Leningradi_Edasi_toimetus, lk 200
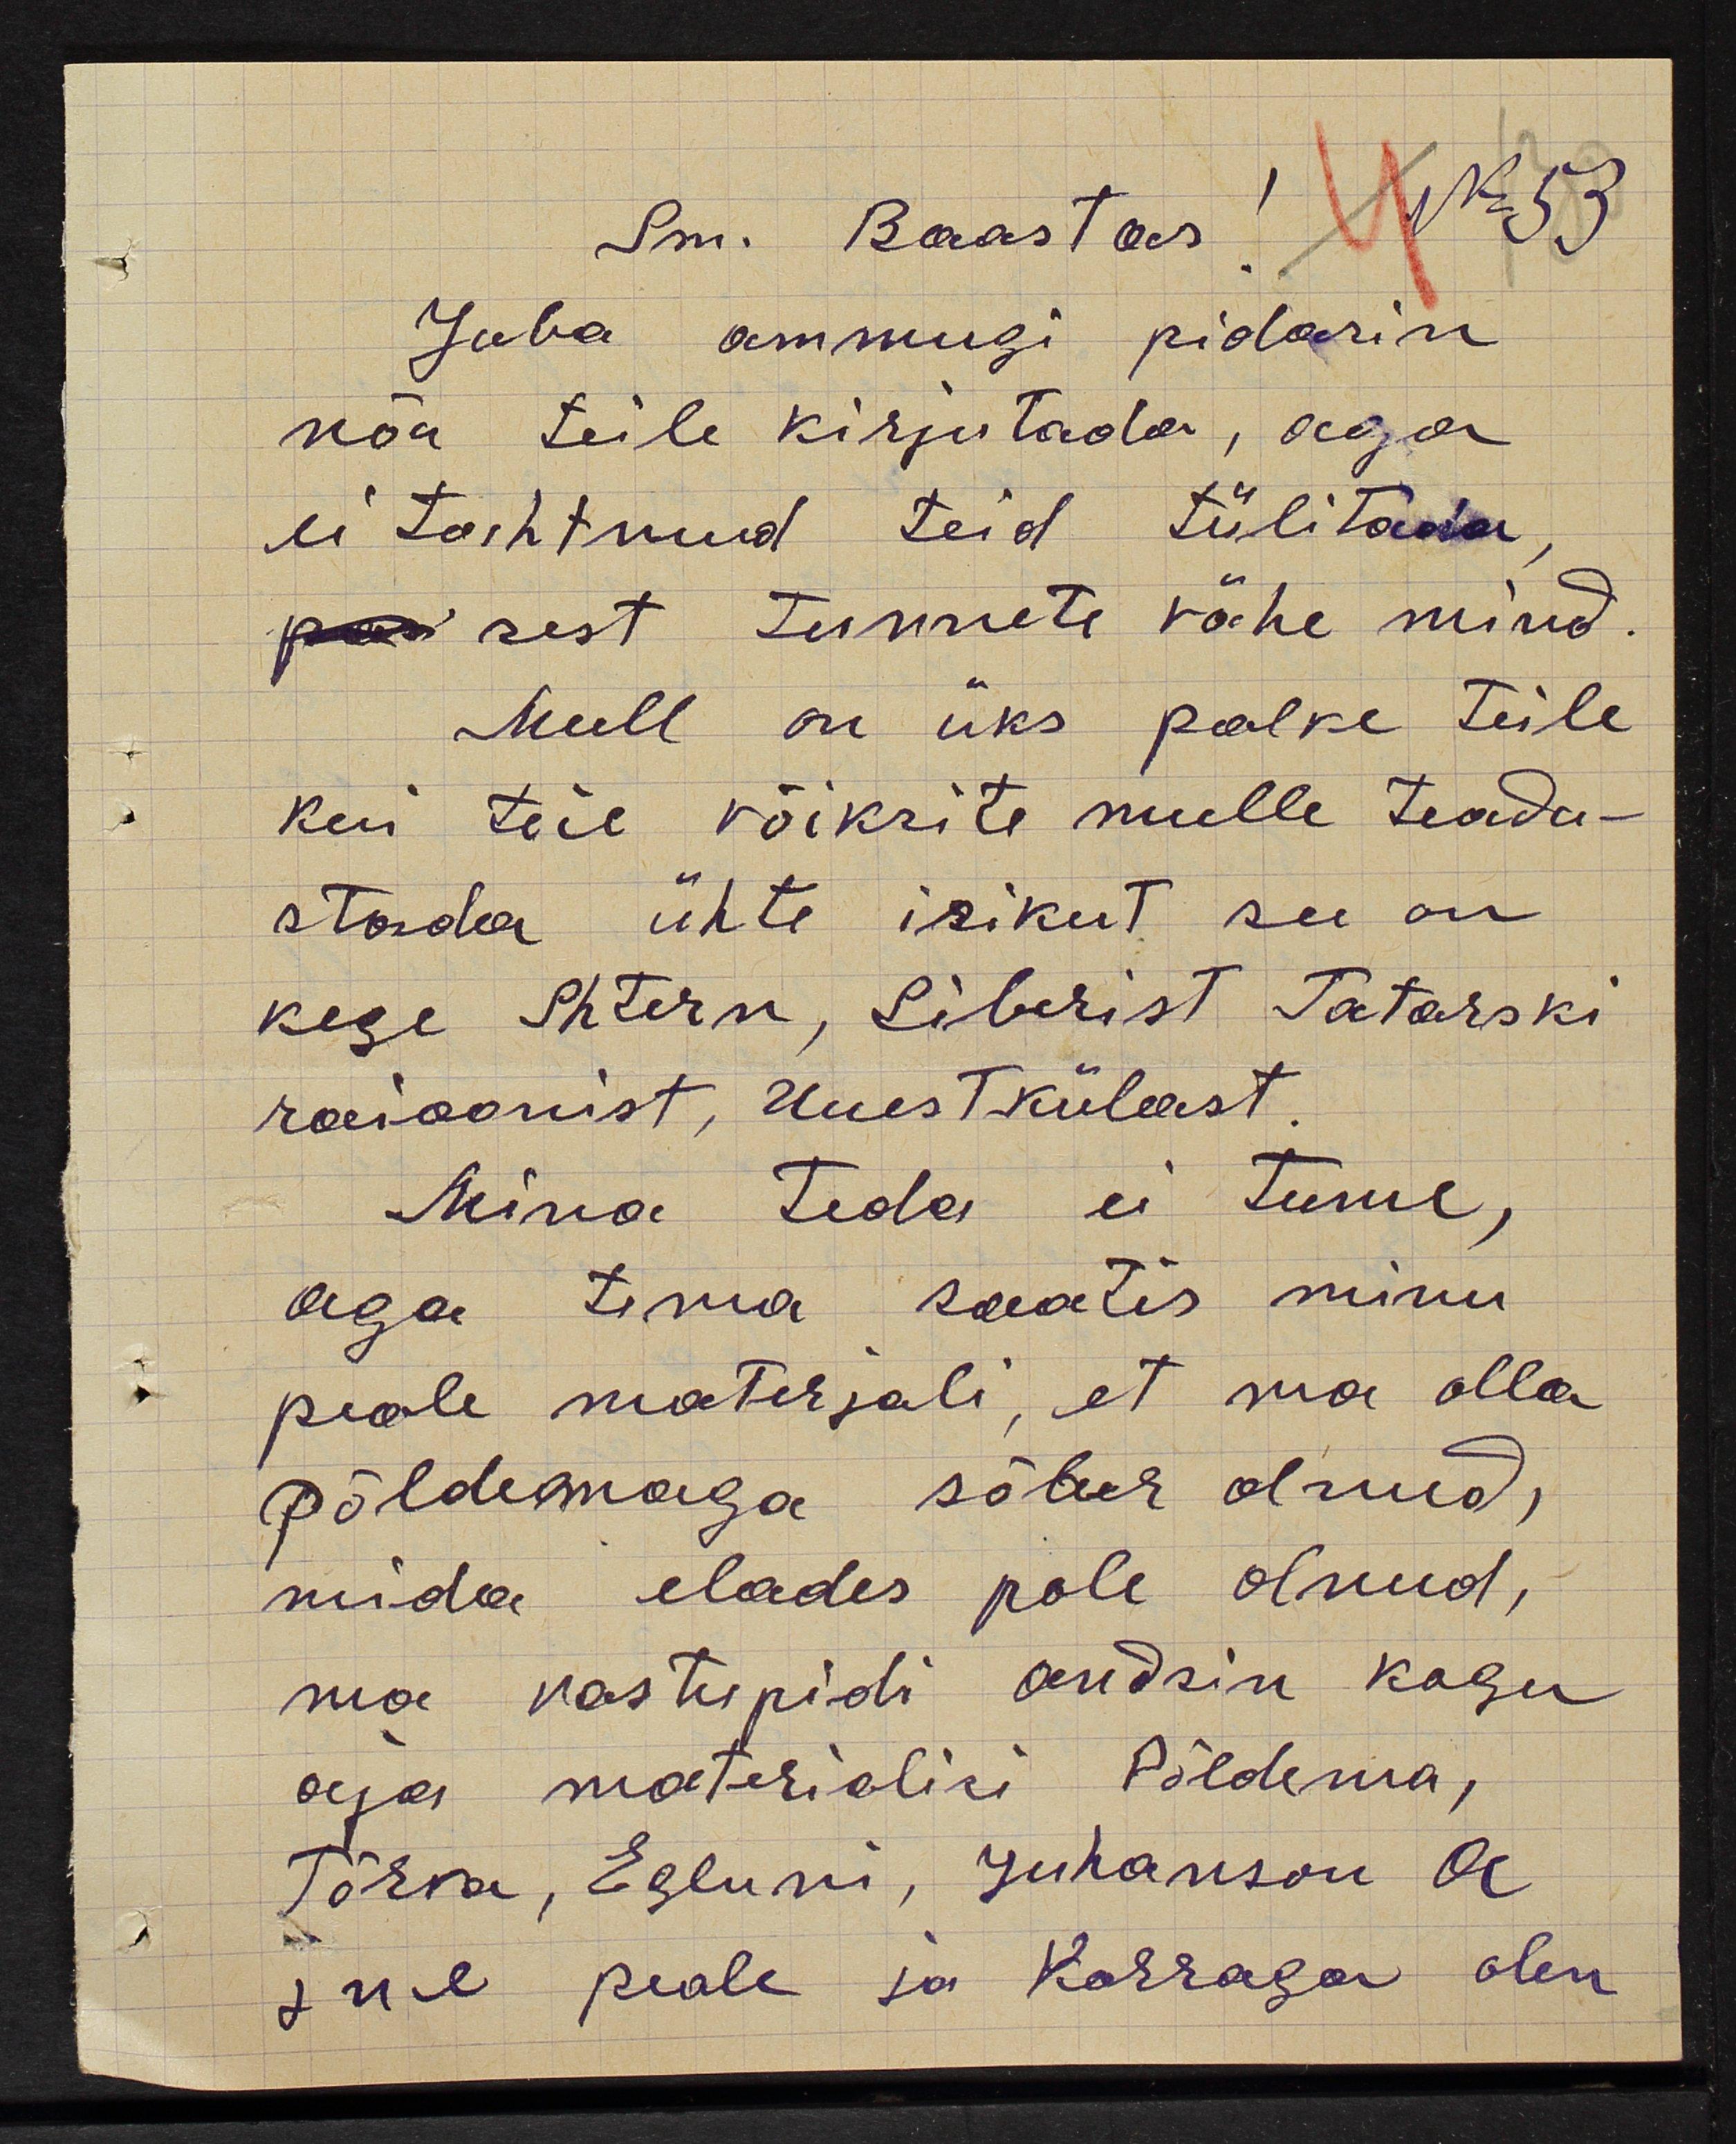
Sm. Baastas! No 53
Juba ammugi pidasin
nõu teile kirjutada, aga
ei tahtnud teid tülitada
sest tunnete vähe mind
Mull on üks palve teile
kui teie võiksite mulle teadu-
stada ühte isikut see on
kege Shtern, Siberist Tatarski
raioonist, Uuest külast,
Mina teda ei tunne,
aga tema saatis minu
peale materjali, et ma olla
põldemaga sõber olnud,
mida elades pole olnud,
ma vastupidi andsin kogu
aja materialisi Põldema,
Tõrva, Egluni, Juhanson A
jne peale ja korraga olen